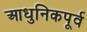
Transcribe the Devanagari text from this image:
आधुनिकपूर्व